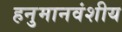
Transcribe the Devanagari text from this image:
हनुमानवंशीय